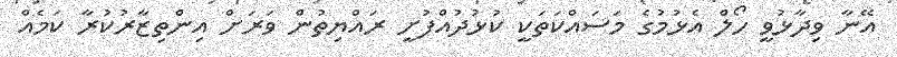
އޭނާ ވިދާޅުވީ ހޯލް އެޅުމުގެ މަސައްކަތަކީ ކުޅުދުއްފުށީ ރައްޔިތުން ވަރަށް އިންތިޒާރުކުރާ ކަމެއް